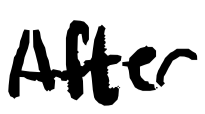
Text: After
Cross-out: clean
Writing tool: digital_black